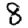
Digit: 8